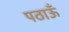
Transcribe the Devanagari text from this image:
पठाऊँ